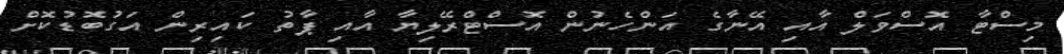
މިސްޓާ އޮސްވަލް އާއި އޭނާގެ އަންހެނުން އޮސްޓްރޭލިޔާ އާއި ޕާތު ކައިރިން އަގުބޮޑުކޮށް